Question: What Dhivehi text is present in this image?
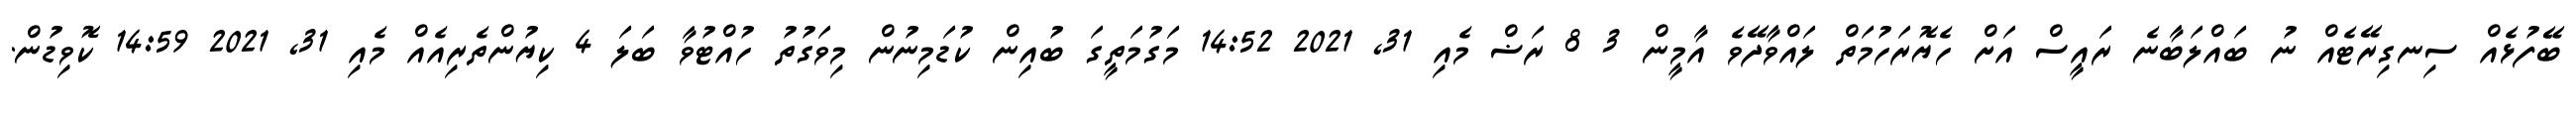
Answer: ބޭފުޅެއް ސިނގިރޭޓެއް ނު ބައްލަބާނެ ރައީސް އަށް ހެޔޮރަހުމަތް ލައްވާދޭވެ އާމީން 3 8 ރަޟް މެއި 31, 2021 14:52 މަގުމަތީގަ ބުއިން ކުޑަމިނުން މިވަގުތު ހުއްޓުވާ ބަލަ 4 ކިޔުންތެރިއެއް މެއި 31, 2021 14:59 ކޮވިޑުން.